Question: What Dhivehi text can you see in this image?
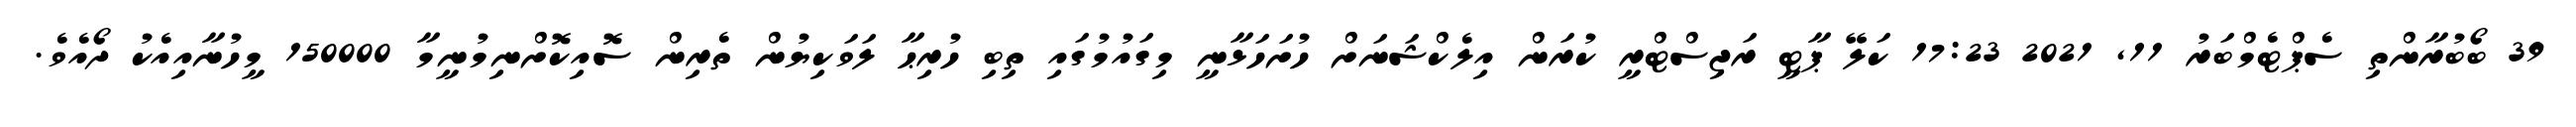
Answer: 39 ބޯބުރާންތި ސެޕްޓެމްބަރު 11, 2021 17:23 ކަލޭ ޕާޓީ ރަޖިސްޓްރީ ކުރަން އިލެކްޝަނަށް ހުށަހަޅާނީ މިގައުމުގައި ތިބި ހުރިޙާ ލަވަކިޔުން ތެރިން ސޮއިކޮށްނިމުނީމާ 150000 މީހުނާއިއެކު ދޯއެވެ.